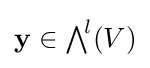
\mathbf {y} \in {\textstyle \bigwedge }^{\!l}(V)